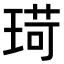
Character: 𪻸